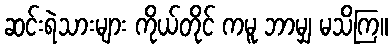
ဆင်းရဲသားများ ကိုယ်တိုင် ကမူ ဘာမျှ မသိကြ။